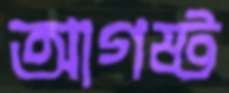
আগষ্ট